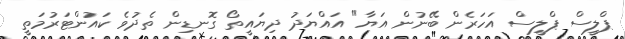
ޕްލީސް ޕްލީސް އަހަރެން ބޭނުން އަޔާ" އައްޔަދު ދިޔައީތޯ ގޮނޑިން ތެދުވެ ކައުންޓަރުމަތީ